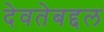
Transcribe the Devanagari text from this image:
देवतेबद्दल